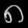
Digit: ၈